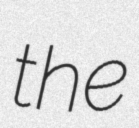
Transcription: the